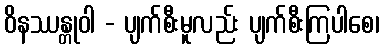
ဝိနဿန္တုဝါ - ပျက်စီးမူလည်း ပျက်စီးကြပါစေ၊